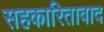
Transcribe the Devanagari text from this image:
सहकारितावाद